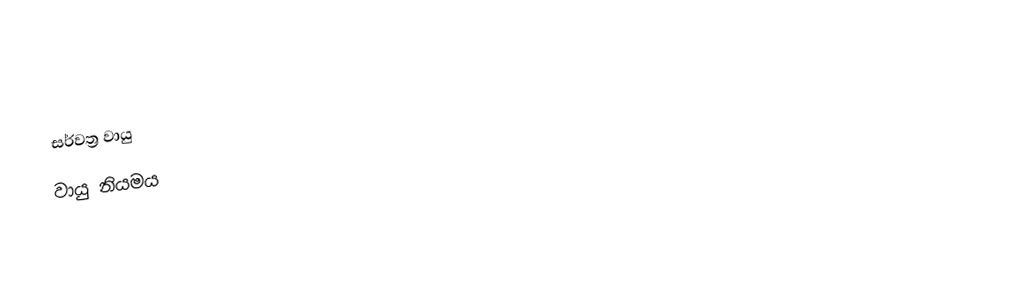
සර්වත්‍ර වායු
වායු නියමය